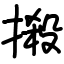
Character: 摋